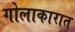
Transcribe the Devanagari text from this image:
गोलाकारात